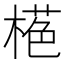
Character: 𱤁